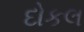
દોકલ